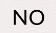
NO